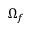
\Omega _ { f }